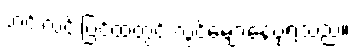
ဟင်းလင်းပြင်ထဲတွင် လွင့်မျောနေပုံရသည်။